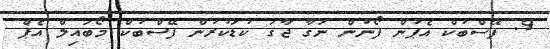
9. ފޭސްބުކް އެޕުން ފޯނުން ނަގާ ޖާގަ ކުޑަކުރުން ފޭސްބުކް މޯބައިލް އެޕް